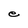
Character: e